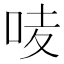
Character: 𠲊